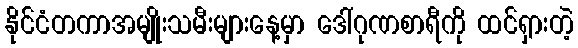
နိုင်ငံတကာအမျိုးသမီးများနေ့မှာ ဒေါ်ဂုဏစာရီကို ထင်ရှားတဲ့